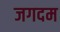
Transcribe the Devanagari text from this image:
जगदम